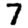
Digit: 7